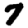
Digit: 7